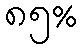
၈၅%